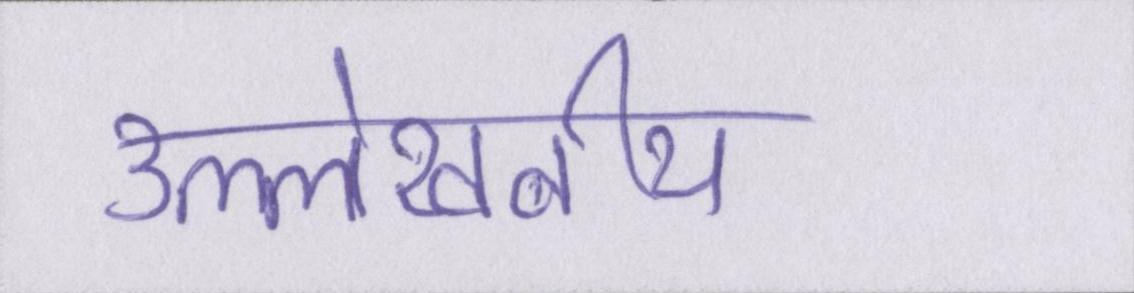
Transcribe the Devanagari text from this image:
उल्लेखनीय